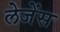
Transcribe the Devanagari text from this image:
लेजेंस